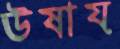
ঊষায়